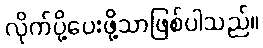
လိုက်ပို့ပေးဖို့သာဖြစ်ပါသည်။